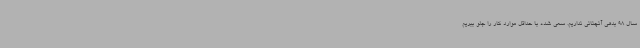
سال 98 بدهی آنچنانی نداریم. سعی شده با حداقل موارد کار را جلو ببریم